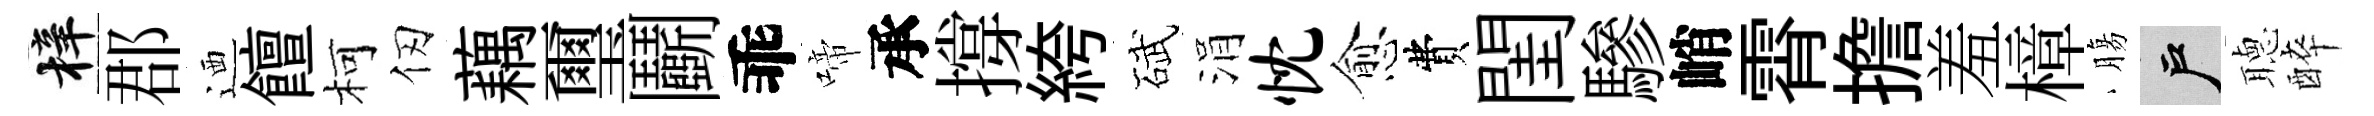
梓郡迺饘柯仞藕璽鬬乖啼承撐絝碔涓忱愈費閨驂峭霄擔羞樟膓户𦗟醉